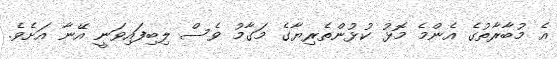
އެ މުބާރާތުގެ އެންމެ މޮޅު ކުޅުންތެރިޔާގެ މަގާމު ވެސް ލިބިފައިވަނީ އޭނާ އަށެވެ.